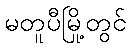
မတူပီမြို့တွင်